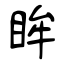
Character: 眸